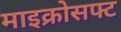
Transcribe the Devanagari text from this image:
माइक्रोसफ्ट